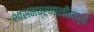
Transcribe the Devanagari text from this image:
शासनप्रणालीमध्ये